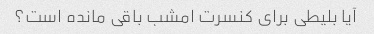
آیا بلیطی برای کنسرت امشب باقی مانده است؟